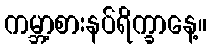
ကမ္ဘာ့စားနပ်ရိက္ခာနေ့။